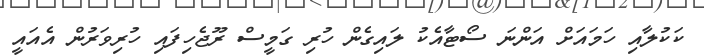
ކަކުލާއި ހަމައަށް އަންނަ ސޯޓާއެކު ލައިގެން ހުރި ގަމީސް ރޫޖެހިފައި ހުރިވަރުން އެއައީ